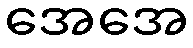
အေအေ